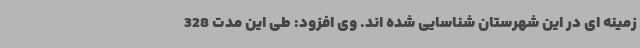
زمینه ای در این شهرستان شناسایی شده اند. وی افزود: طی این مدت 328